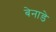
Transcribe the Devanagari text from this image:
बेनाडे